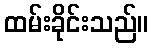
ထမ်းခိုင်းသည်။